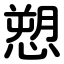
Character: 愬